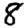
Digit: 8